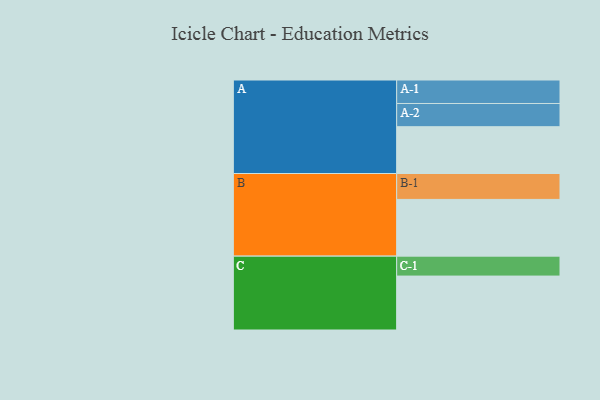
{"axis": {"x": "Segment", "y": "Value"}, "legend": ["", "A", "B", "C"], "data": [{"x": "A", "y": 486, "type": ""}, {"x": "B", "y": 589, "type": ""}, {"x": "C", "y": 560, "type": ""}, {"x": "A-1", "y": 244, "type": "A"}, {"x": "A-2", "y": 241, "type": "A"}, {"x": "B-1", "y": 269, "type": "B"}, {"x": "C-1", "y": 207, "type": "C"}]}